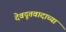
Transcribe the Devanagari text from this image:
देवदूतवादाच्या